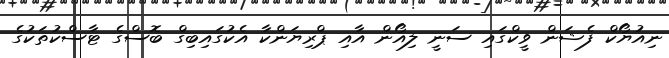
ނިއުޔޯކް ފެޝަން ވީކްގައި ސަނީ ލިއޯން އާއި ޕްރިޔަންކާ އެކުގައިބިގް ބޮސްގެ ޓާސްކުތަކުގެ